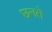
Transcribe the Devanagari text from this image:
छनते